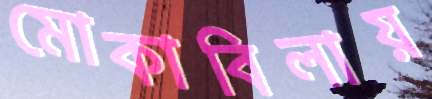
মোকাবিলায়